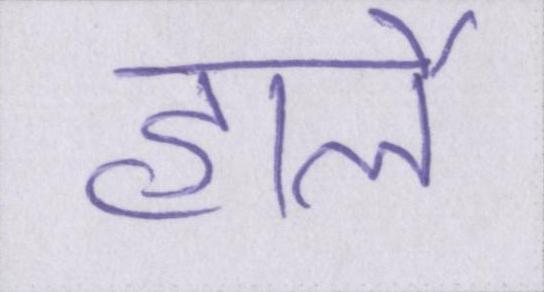
हार्ले